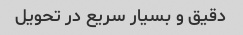
دقیق و بسیار سریع در تحویل